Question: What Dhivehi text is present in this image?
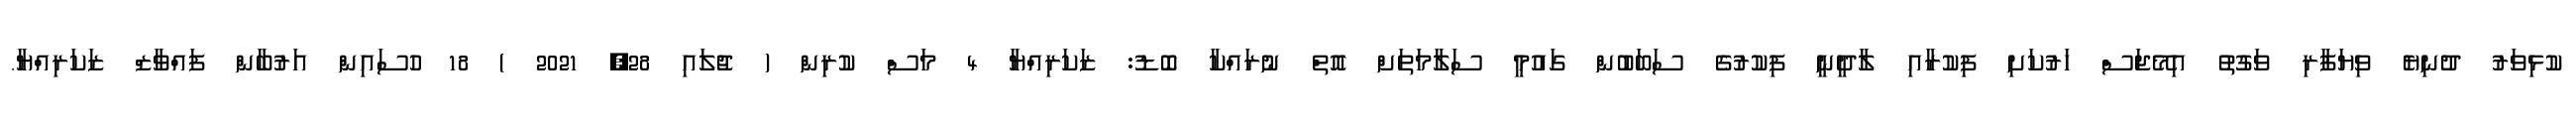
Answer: ކުޅިވަރު ދުނިޔެ ވިޔަފާރި ވަގުތު އިމޭޖަސް ހަރުކަށި ފިކުރާއި ލާދީނީ ފިކުރުގެ ސަބަބުން ގައުމީ ސަލާމަތަށް އޮތް ނުރައްކާ ބޮޑު: ޒަކަރިއްޔާ 4 މަސް ކުރިން ( ޖުލައި 28, 2021 ) 18 ހުސައިން އަރުބާން ފައްވާޒް ޒަކަރިއްޔާ.